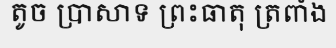
តូច ប្រាសាទ ព្រះធាតុ ត្រពាំង